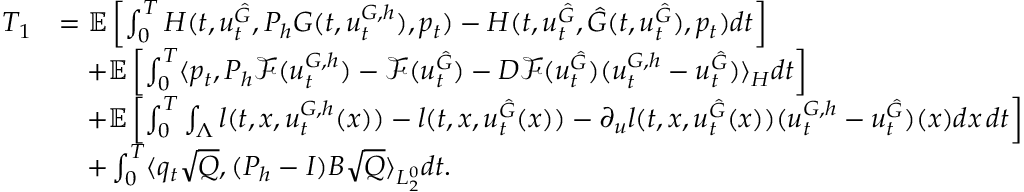
\begin{array} { r l } { T _ { 1 } } & { = \mathbb { E } \left[ \int _ { 0 } ^ { T } H ( t , u _ { t } ^ { \hat { G } } , P _ { h } G ( t , u _ { t } ^ { G , h } ) , p _ { t } ) - H ( t , u _ { t } ^ { \hat { G } } , \hat { G } ( t , u _ { t } ^ { \hat { G } } ) , p _ { t } ) d t \right] } \\ & { \quad + \mathbb { E } \left[ \int _ { 0 } ^ { T } \langle p _ { t } , P _ { h } \mathcal { F } ( u _ { t } ^ { G , h } ) - \mathcal { F } ( u _ { t } ^ { \hat { G } } ) - D \mathcal { F } ( u _ { t } ^ { \hat { G } } ) ( u _ { t } ^ { G , h } - u _ { t } ^ { \hat { G } } ) \rangle _ { H } d t \right] } \\ & { \quad + \mathbb { E } \left[ \int _ { 0 } ^ { T } \int _ { \Lambda } l ( t , x , u _ { t } ^ { G , h } ( x ) ) - l ( t , x , u _ { t } ^ { \hat { G } } ( x ) ) - \partial _ { u } l ( t , x , u _ { t } ^ { \hat { G } } ( x ) ) ( u _ { t } ^ { G , h } - u _ { t } ^ { \hat { G } } ) ( x ) d x \, d t \right] } \\ & { \quad + \int _ { 0 } ^ { T } \langle q _ { t } \sqrt { Q } , ( P _ { h } - I ) B \sqrt { Q } \rangle _ { L _ { 2 } ^ { 0 } } d t . } \end{array}